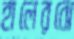
হালেরঝে